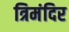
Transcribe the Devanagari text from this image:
त्रिमंदिर